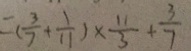
= ( \frac { 3 } { 7 } + \frac { 1 } { 1 1 } ) \times \frac { 1 1 } { 3 } + \frac { 3 } { 7 }